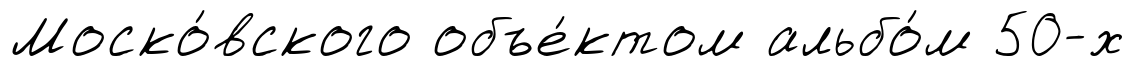
Моско́вского объе́ктом альбо́м 50-х